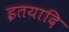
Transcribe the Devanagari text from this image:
इतयादि